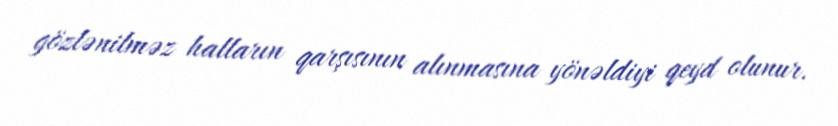
gözlənilməz halların qarşısının alınmasına yönəldiyi qeyd olunur.